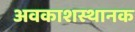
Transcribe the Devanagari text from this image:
अवकाशस्थानक